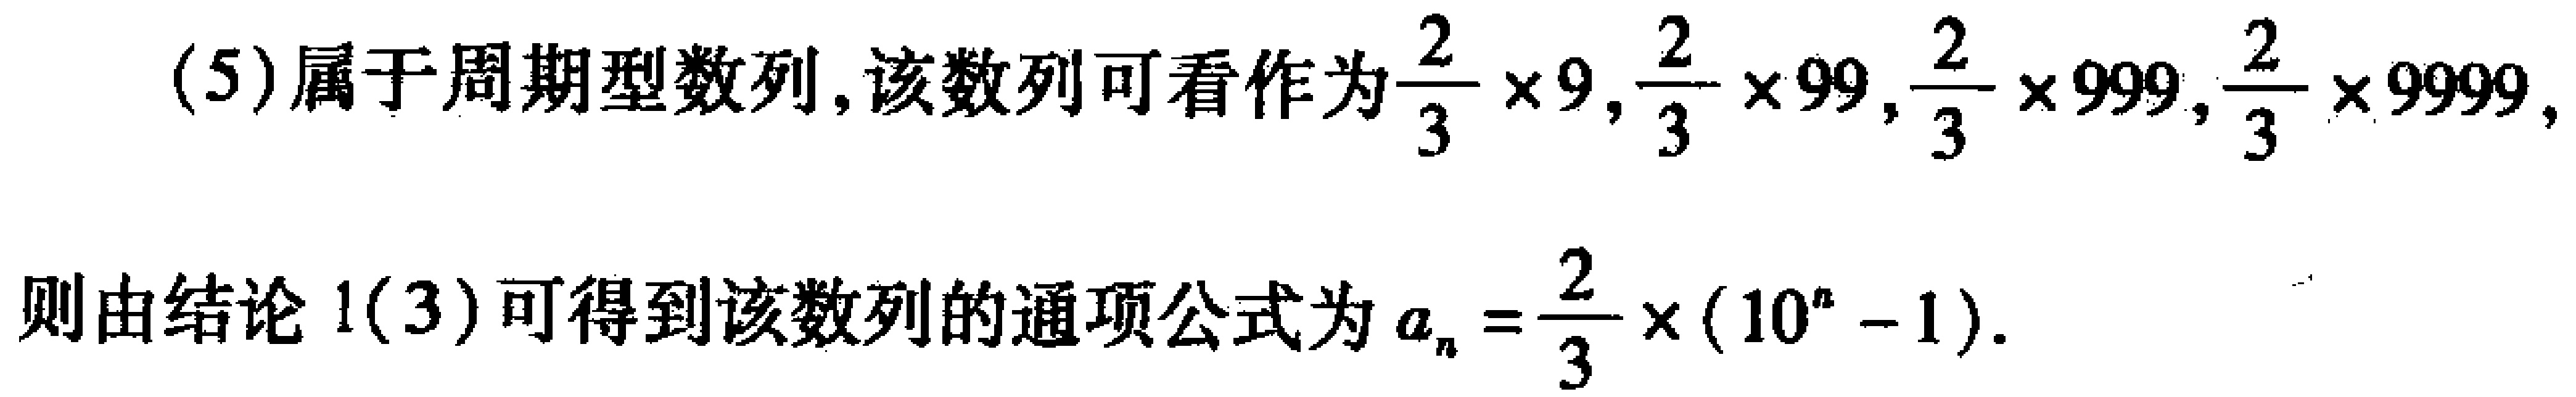
(5)属于周期型数列,该数列可看作为$\frac{2}{3} \times 9,\frac{2}{3} \times 99,\frac{2}{3} \times 999,\frac{2}{3} \times 9999,$
则由结论1(3)可得到该数列的通项公式为$a_{n}=\frac{2}{3} \times (10^{n}-1)$.